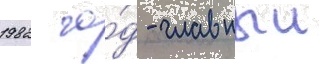
1982 го́д - главныи